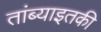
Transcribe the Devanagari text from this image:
तांब्याइतकी